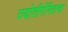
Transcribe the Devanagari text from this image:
ज्योतीर्गनिताचा